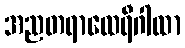
အညတရာထေရီဂါထာ